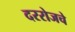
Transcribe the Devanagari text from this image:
दररोजचे